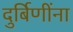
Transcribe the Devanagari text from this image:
दुर्बिणींना